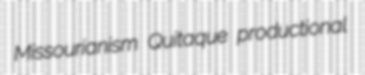
Missourianism Quitaque productional